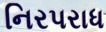
નિરપરાધ